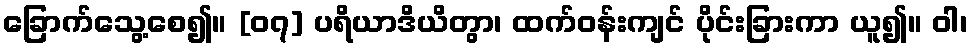
ခြောက်သွေ့စေ၍။ [၀၇] ပရိယာဒိယိတွာ၊ ထက်ဝန်းကျင် ပိုင်းခြားကာ ယူ၍။ ဝါ၊